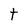
Character: t